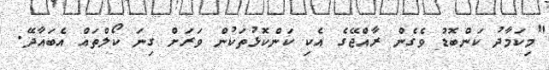
"މިކަމާދު ކަންބޮޑު ވެގެން ރާއްޖޭގެ އެކި ކަންކޮޅުތަކުން ވަރަށް ގިނަ ކޯލްތައް އެބައާދޭ.